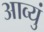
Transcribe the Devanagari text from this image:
आव्युं